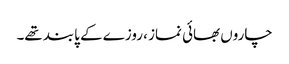
چاروں بھائی نماز ، روزے کے پابند تھے۔